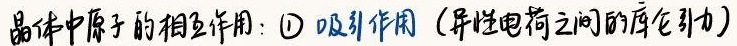
晶体中原子的相互作用：\textcircled{1} 吸引作用（异性电荷之间的库仑引力）